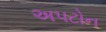
અપટોન